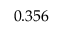
0 . 3 5 6 ^ { }